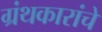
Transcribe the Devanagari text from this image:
ग्रंथकारांचे